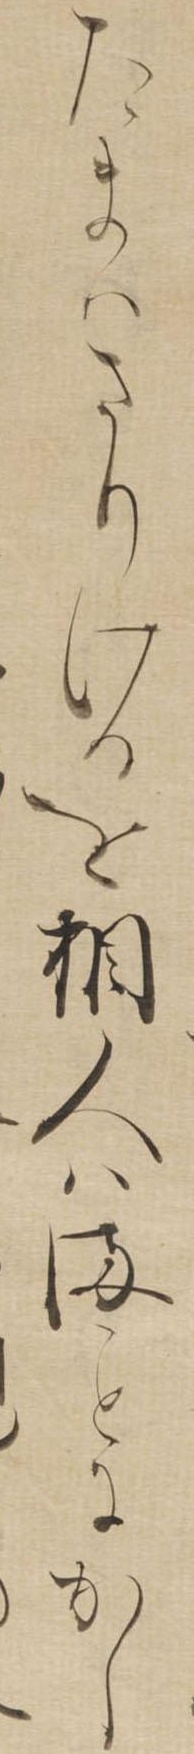
たまはさりけるを相人はまにかし